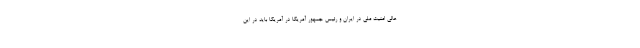
عالی امنیت ملی در ایران و رئیس جمهور آمریکا در آمریکا باید در این